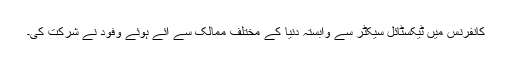
کانفرنس میں ٹیکسٹائل سیکٹر سے وابستہ دنیا کے مختلف ممالک سے آئے ہوئے وفود نے شرکت کی۔